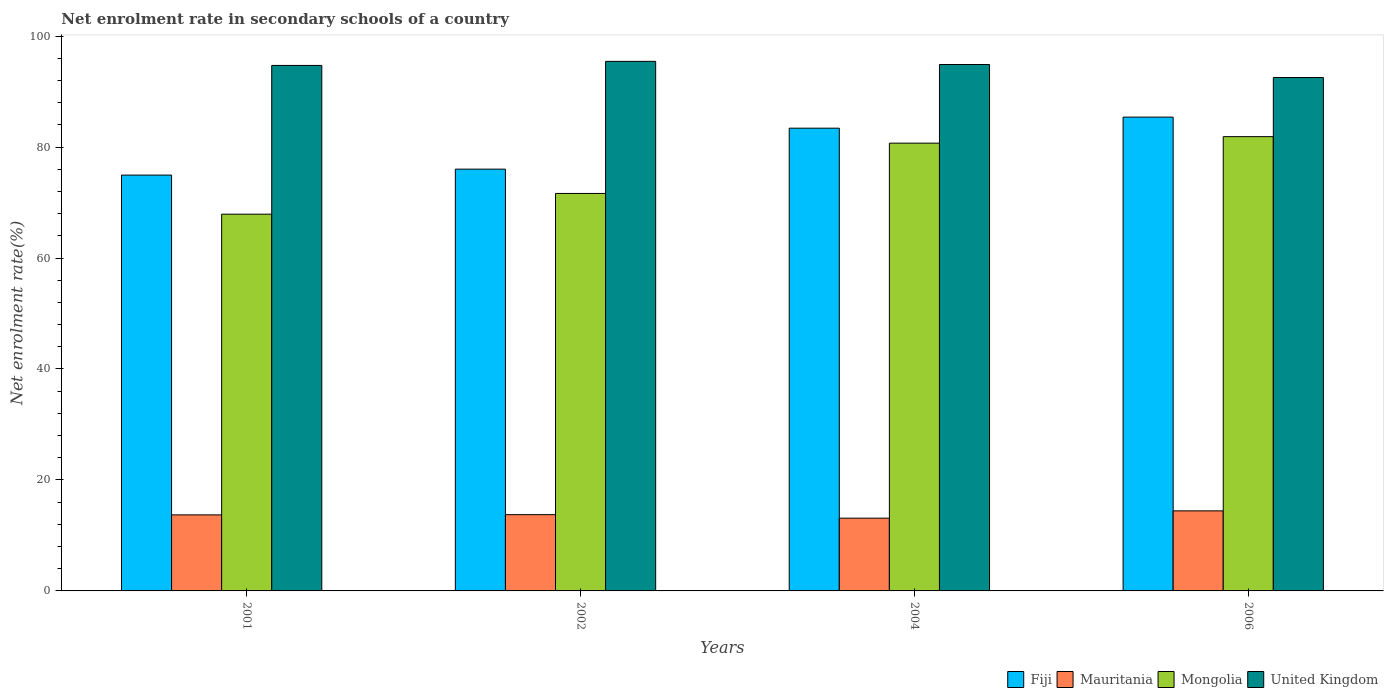
| Years | Fiji | Mauritania | Mongolia | United Kingdom |
 | --- | --- | --- | --- | --- |
 | 2001 | 75 | 13.7 | 67.9 | 94.7 |
 | 2002 | 76 | 13.7 | 71.6 | 95.5 |
 | 2004 | 83.4 | 13.1 | 80.7 | 94.9 |
 | 2006 | 85.4 | 14.4 | 81.9 | 92.5 |